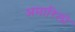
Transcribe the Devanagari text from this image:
अमारिलो